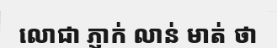
លោជា ភ្ញាក់ លាន់ មាត់ ថា